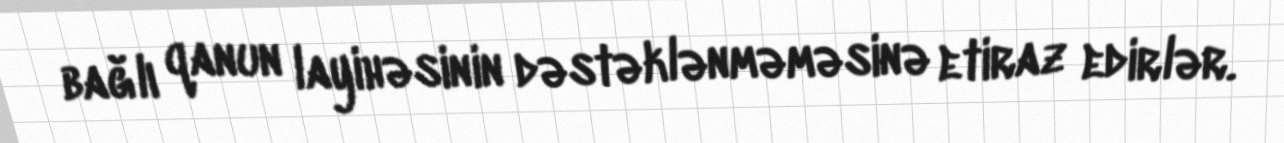
bağlı qanun layihəsinin dəstəklənməməsinə etiraz edirlər.